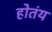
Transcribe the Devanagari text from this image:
होतंय